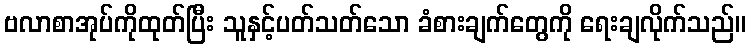
ဗလာစာအုပ်ကိုထုတ်ပြီး သူနှင့်ပတ်သတ်သော ခံစားချက်တွေကို ရေးချလိုက်သည်။